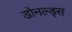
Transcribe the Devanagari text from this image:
डोनल्ड्स